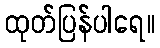
ထုတ်ပြန်ပါရေ။